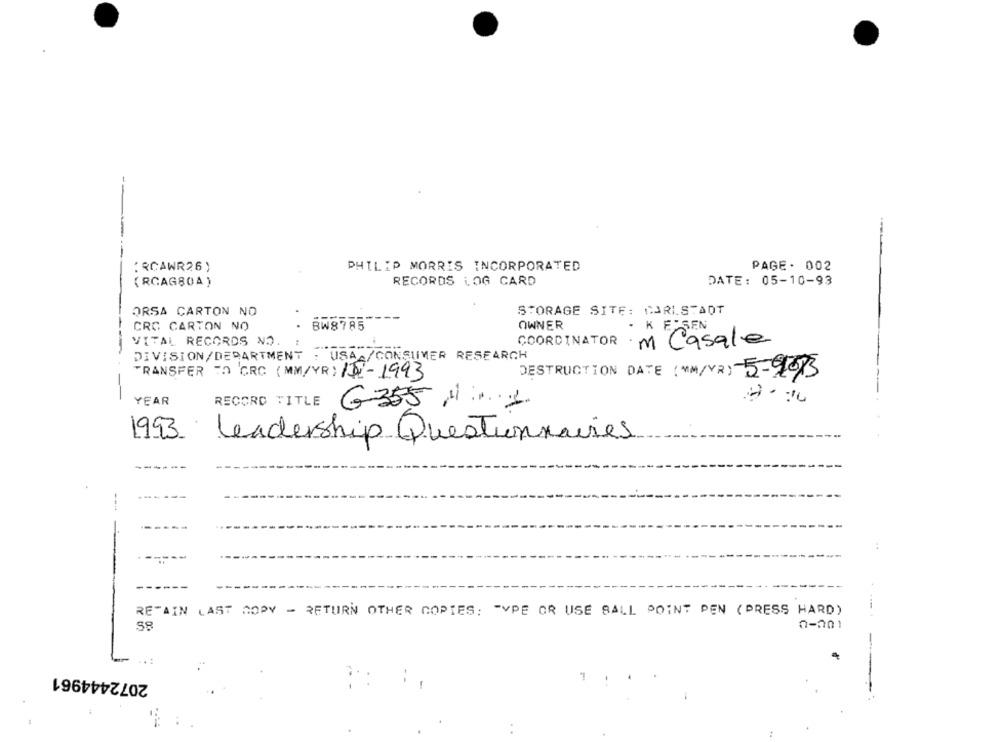
--
RCAWR26 )
PHILIP MORRIS INCORPORATED
PAGE. 002
. .
(RCAG80A )
RECORDS LOG CARD
DATE: 05-10-93
ORSA CARTON NO
STORAGE SITE: CARLSTADT
CRC CARTON NO
BW8785
OWNER
K ESSEN
VITAL RECORDS NO.
COORDINATOR
m Casale
--
DIVISION/DEPARTMENT : USA /CONSUMER RESEARCH
TRANSFER TO CRC (MM/YR) /12-1993
DESTRUCTION DATE (*M/YR) 5-9873
YEAR
RECORD TITLE
G355 ,Mi .....
1993
Leadership Questionnaires
------
---
RETAIN LAST COPY - RETURN OTHER COPIES: TYPE OR USE BALL POINT PEN (PRESS HARD)
0-201
38
2072444961
-